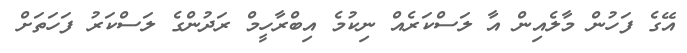
އޭގެ ފަހުން މާލެއިން އާ ލަސްކަރެއް ނިކުމެ އިބްރާހީމް ރަދުންގެ ލަސްކަރު ފަހަތަށް